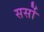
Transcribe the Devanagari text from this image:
सर्सो